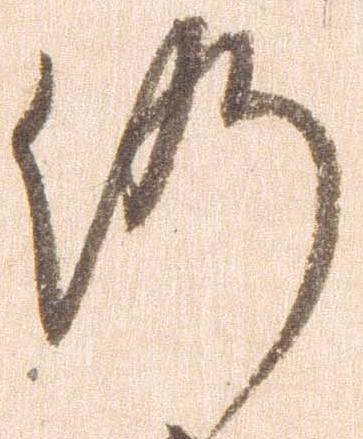
仍